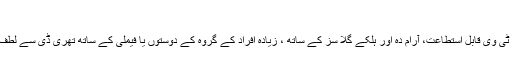
”
ایل جی 55LW650S سینما تھری ڈی اسمارت ٹی وی قابل استطاعت، آرام دہ اور ہلکے گلا سز کے ساتھ ، زیادہ افراد کے گروہ کے دوستوں یا فیملی کے ساتھ تھری ڈی سے لطف اندوز ہونے کے لئے بالکل موزون ٹی وی ہے ۔